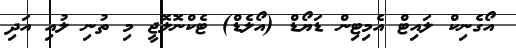
އޯގެނިކް ލައިޓް އެމިޓިން ޑަޔޯޑް (އޯލެޑް) ޓެކްނޮލޮޖީ މި ތުނި ލުއި އަދި